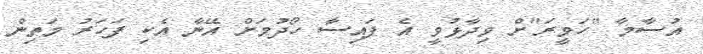
އުސާމާ "ހަވީރަ"ށް ވިދާޅުވީ އެ ފައިސާ ހޯދުމަށް އޭނާ އެކި ފަހަރު މަތިން